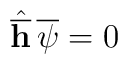
\hat {\overline {\bf h}} \, \overline {\psi} = 0